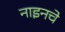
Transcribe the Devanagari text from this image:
नाइनचे